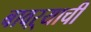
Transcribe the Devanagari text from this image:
बावऱ्याची